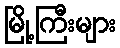
မြို့ကြီးများ